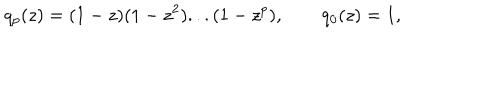
LaTeX: q _ { p } ( z ) = ( 1 - z ) ( 1 - z ^ { 2 } ) . . . ( 1 - z ^ { p } ) , \qquad q _ { 0 } ( z ) = 1 ,